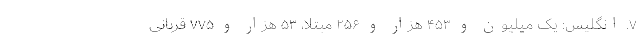
۷. انگلیس: یک میلیون و ۴۵۳ هزار و ۲۵۶ مبتلا، ۵۳ هزار و ۷۷۵ قربانی